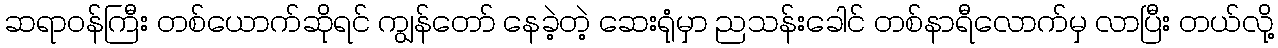
ဆရာဝန်ကြီး တစ်ယောက်ဆိုရင် ကျွန်တော် နေခဲ့တဲ့ ဆေးရုံမှာ ညသန်းခေါင် တစ်နာရီလောက်မှ လာပြီး တယ်လို့